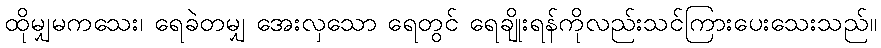
ထိုမျှမကသေး၊ ရေခဲတမျှ အေးလှသော ရေတွင် ရေချိုးရန်ကိုလည်းသင်ကြားပေးသေးသည်။